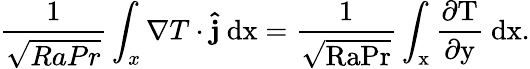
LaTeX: \frac{1}{\sqrt{RaPr}}\int_{x}\nabla T\cdot\mathbf{\hat{j}}\ \mathrm{{d}x=\frac{1}{\sqrt{RaPr}}\int_{x}\frac{\partial T}{\partial y}\ \mathrm{{d}x.}}